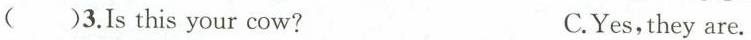
()3.Is this your cow? C.Yes,they are.